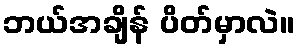
ဘယ်အချိန် ပိတ်မှာလဲ။